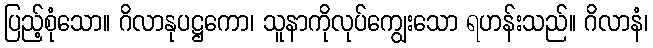
ပြည့်စုံသော။ ဂိလာနုပဋ္ဌကော၊ သူနာကိုလုပ်ကျွေးသော ရဟန်းသည်။ ဂိလာနံ၊